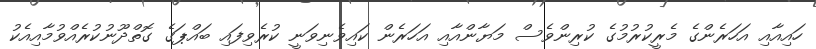
ހައިއާއި އަަހަރެންގެ މެރީކުރުމުގެ ކުރިންވެސް މަޔާންއާއި އަހަރެން ކައިވެނިވަނީ ކުރެވިފައި ބައްޕަގެ ގޮތްދޫނުކުރެއްވުމާއިއެކު